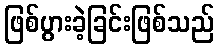
ဖြစ်ပွားခဲ့ခြင်းဖြစ်သည်